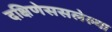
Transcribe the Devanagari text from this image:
दक्षिणेससलेल्या